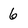
Character: 6